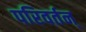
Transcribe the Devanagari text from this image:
परिवर्तन्